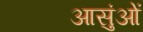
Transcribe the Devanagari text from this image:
आसुंओं